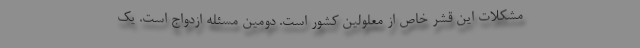
مشکلات این قشر خاص از معلولین کشور است. دومین مسئله ازدواج است. یک